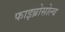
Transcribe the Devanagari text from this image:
फाइब्रोसोल्व